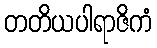
တတိယပါရာဇိကံ